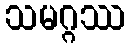
သမဂ္ဂဿ